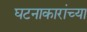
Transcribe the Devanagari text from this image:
घटनाकारांच्या